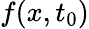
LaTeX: f(x,t_{0})